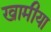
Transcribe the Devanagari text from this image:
खामीया